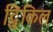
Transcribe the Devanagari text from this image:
ट्विंकिल